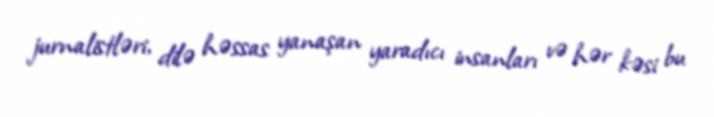
jurnalistləri, dilə həssas yanaşan yaradıcı insanları və hər kəsi bu